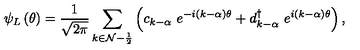
\psi _ { L } \left( \theta \right) = \frac 1 { \sqrt { 2 \pi } } \sum _ { k \in { \cal N - } \frac 1 2 } \left( c _ { k - \alpha } \ e ^ { - i ( k - \alpha ) \theta } + d _ { k - \alpha } ^ { \dagger } \ e ^ { i ( k - \alpha ) \theta } \right) ,